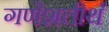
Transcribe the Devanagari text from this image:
गणेशतीर्थ